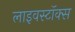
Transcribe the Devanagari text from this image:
लाइवस्टॉक्स